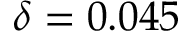
\delta = 0 . 0 4 5